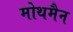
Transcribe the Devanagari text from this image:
मोथमैन